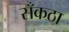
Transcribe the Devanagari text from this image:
सँकठा